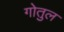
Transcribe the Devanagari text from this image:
गोतुल